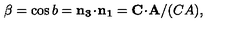
\beta = \cos { b } = { \bf n _ { 3 } \! \cdot \! n _ { 1 } } = { \bf C \! \cdot \! A } / ( C A ) ,